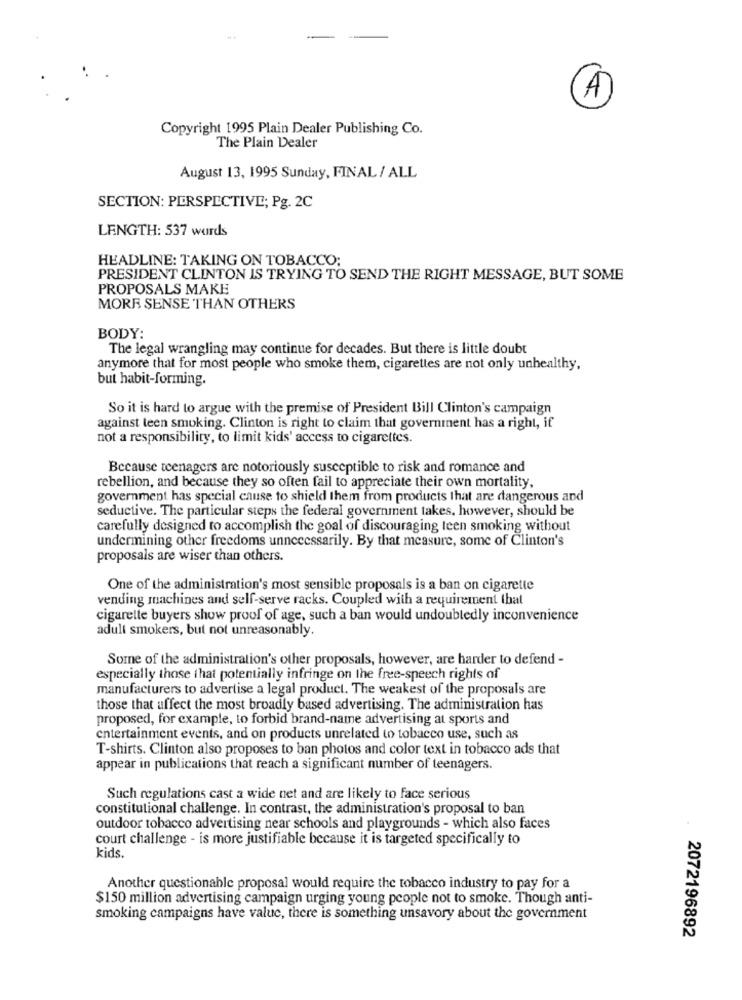
4
Copyright 1995 Plain Dealer Publishing Co.
The Plain Dealer
August 13, 1995 Sunday, FINAL / ALL
SECTION: PERSPECTIVE; Pg. 2C
LENGTH: 537 words
HEADLINE: TAKING ON TOBACCO;
PRESIDENT CLINTON IS TRYING TO SEND THE RIGHT MESSAGE, BUT SOME
PROPOSALS MAKE
MORE SENSE THAN OTHERS
BODY:
The legal wrangling may continue for decades. But there is little doubt
anymore that for most people who smoke them, cigarettes are not only unhealthy,
but habit-forming.
So it is hard to argue with the premise of President Bill Clinton's campaign
against teen smoking. Clinton is right to claim that government has a right, if
not a responsibility, to limit kids' access to cigarettes.
Because teenagers are notoriously susceptible to risk and romance and
rebellion, and because they so often fail to appreciate their own mortality,
government has special cause to shield them from products that are dangerous and
seductive. The particular steps the federal government takes, however, should be
carefully designed to accomplish the goal of discouraging teen smoking without
undermining other freedoms unnecessarily. By that measure, some of Clinton's
proposals are wiser than others.
One of the administration's most sensible proposals is a ban on cigarette
vending machines and self-serve racks. Coupled with a requirement that
cigarette buyers show proof of age, such a ban would undoubtedly inconvenience
adult smokers, but not unreasonably.
Some of the administration's other proposals, however, are harder to defend -
especially those that potentially infringe on the free-speech rights of
manufacturers to advertise a legal product. The weakest of the proposals are
those that affect the most broadly based advertising. The administration has
proposed, for example, to forbid brand-name advertising at sports and
entertainment events, and on products unrelated to tobacco use, such as
T-shirts. Clinton also proposes to ban photos and color text in tobacco ads that
appear in publications that reach a significant number of teenagers.
Such regulations cast a wide net and are likely to face serious
constitutional challenge. In contrast, the administration's proposal to ban
outdoor tobacco advertising near schools and playgrounds - which also faces
court challenge - is more justifiable because it is targeted specifically to
kids.
Another questionable proposal would require the tobacco industry to pay for a
$150 million advertising campaign urging young people not to smoke. Though anti-
smoking campaigns have value, there is something unsavory about the government
2072196892